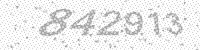
Solution: 842913